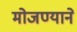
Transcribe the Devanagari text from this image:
मोजण्याने